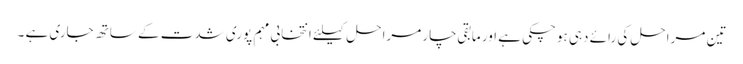
تین مراحل کی رائے دہی ہوچکی ہے اور مابقی چار مراحل کیلئے انتخابی مہم پوری شدت کے ساتھ جاری ہے ۔